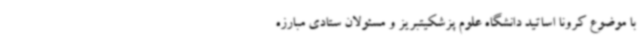
با موضوع کرونا اساتید دانشگاه علوم پزشکیتبریز و مسئولان ستادی مبارزه